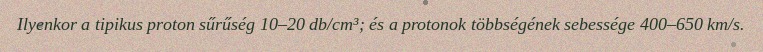
Ilyenkor a tipikus proton sűrűség 10–20 db/cm³; és a protonok többségének sebessége 400–650 km/s.